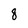
Character: 8